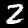
Digit: 2